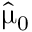
\hat { \mathbf { \upmu } } _ { 0 }